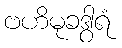
ဗဟိမုခဒွါရံ